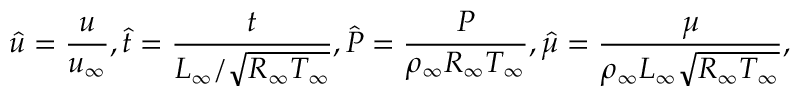
\hat { u } = \frac { u } { u _ { \infty } } , \hat { t } = \frac { t } { L _ { \infty } / \sqrt { R _ { \infty } T _ { \infty } } } , \hat { P } = \frac { P } { \rho _ { \infty } R _ { \infty } T _ { \infty } } , \hat { \mu } = \frac { \mu } { \rho _ { \infty } L _ { \infty } \sqrt { R _ { \infty } T _ { \infty } } } ,